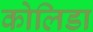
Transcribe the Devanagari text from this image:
कोलिडा